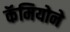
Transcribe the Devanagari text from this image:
कॅमियोने